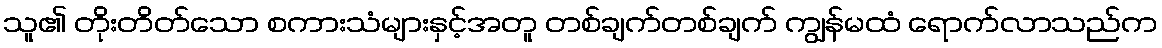
သူ၏ တိုးတိတ်သော စကားသံများနှင့်အတူ တစ်ချက်တစ်ချက် ကျွန်မထံ ရောက်လာသည်က